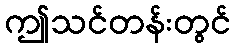
ဤသင်တန်းတွင်